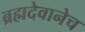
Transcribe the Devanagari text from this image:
ब्रह्मदेवानेच